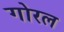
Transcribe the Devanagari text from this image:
गोरल